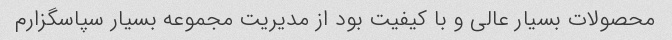
محصولات بسیار عالی و با کیفیت بود از مدیریت مجموعه بسیار سپاسگزارم